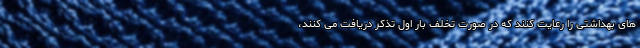
های بهداشتی را رعایت کنند که در صورت تخلف بار اول تذکر دریافت می کنند،